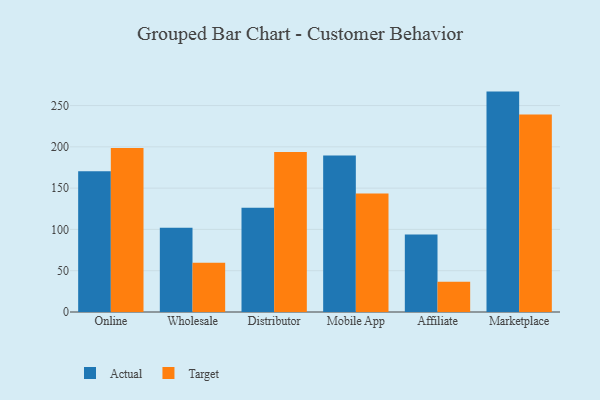
{"axis": {"x": "Channel", "y": "Customer Acquisition Cost (USD)"}, "legend": ["Actual", "Target"], "data": [{"x": "Online", "y": 170.5, "type": "Actual"}, {"x": "Online", "y": 198.7, "type": "Target"}, {"x": "Wholesale", "y": 102.0, "type": "Actual"}, {"x": "Wholesale", "y": 59.5, "type": "Target"}, {"x": "Distributor", "y": 126.2, "type": "Actual"}, {"x": "Distributor", "y": 193.8, "type": "Target"}, {"x": "Mobile App", "y": 189.4, "type": "Actual"}, {"x": "Mobile App", "y": 143.6, "type": "Target"}, {"x": "Affiliate", "y": 93.9, "type": "Actual"}, {"x": "Affiliate", "y": 36.6, "type": "Target"}, {"x": "Marketplace", "y": 266.9, "type": "Actual"}, {"x": "Marketplace", "y": 239.2, "type": "Target"}]}